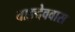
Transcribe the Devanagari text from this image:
वाङ्देववास